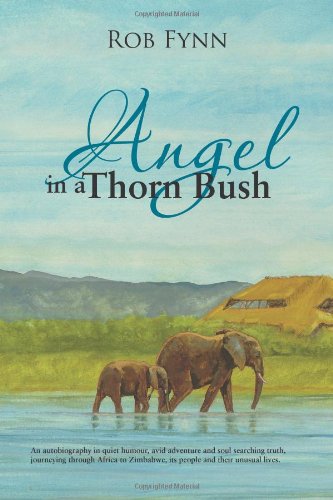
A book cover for Angel in a Thorn Bush; Rob Fynn; History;